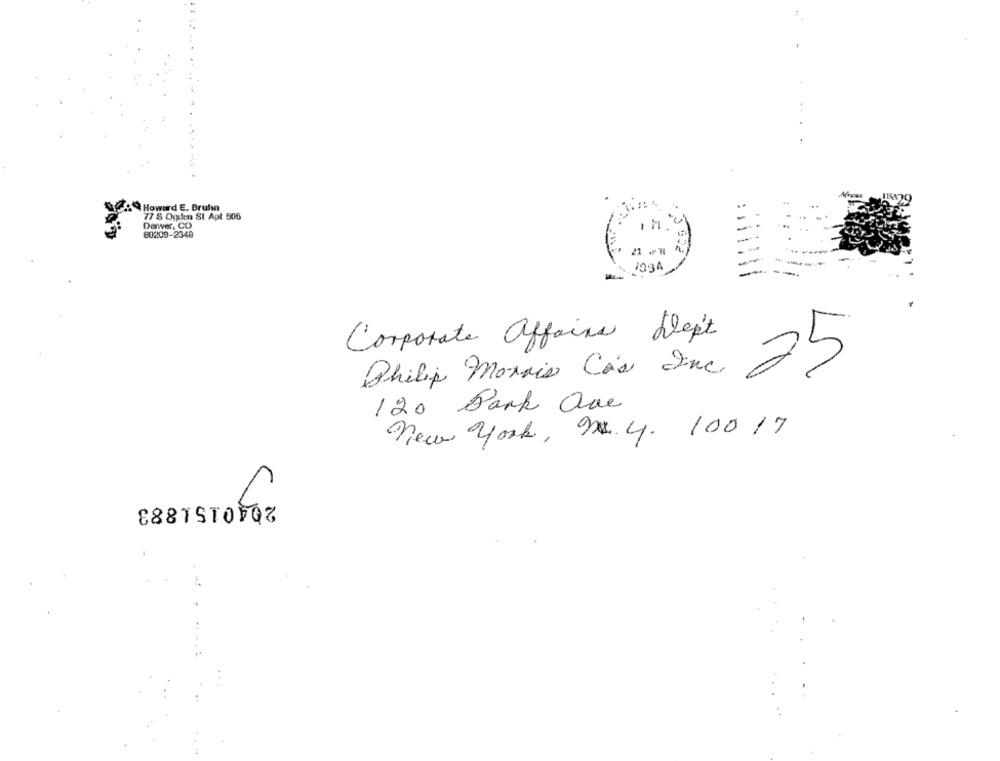
Howard E. Bruhn
77 S Ogulen St Apt 505
Denwer, CO
11.
80209-2348
1994
Corporate affairs Dept
Philip Morris Ca's Inc
25
120 Bank Que
New york, 9. 4. 10017
for
888TSTOVQZ